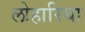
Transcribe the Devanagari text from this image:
लोहारिया